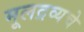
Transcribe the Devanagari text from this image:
मूलद्रव्यचे